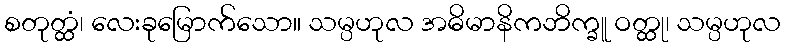
စတုတ္ထံ၊ လေးခုမြောက်သော။ သမ္ပဟုလ အဓိမာနိကဘိက္ခူ ဝတ္ထု၊ သမ္ပဟုလ